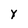
Character: y